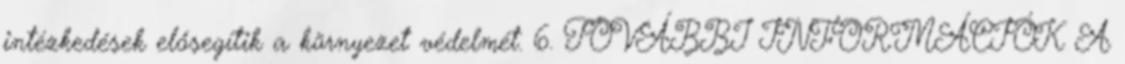
intézkedések elősegítik a környezet védelmét. 6. TOVÁBBI INFORMÁCIÓK A